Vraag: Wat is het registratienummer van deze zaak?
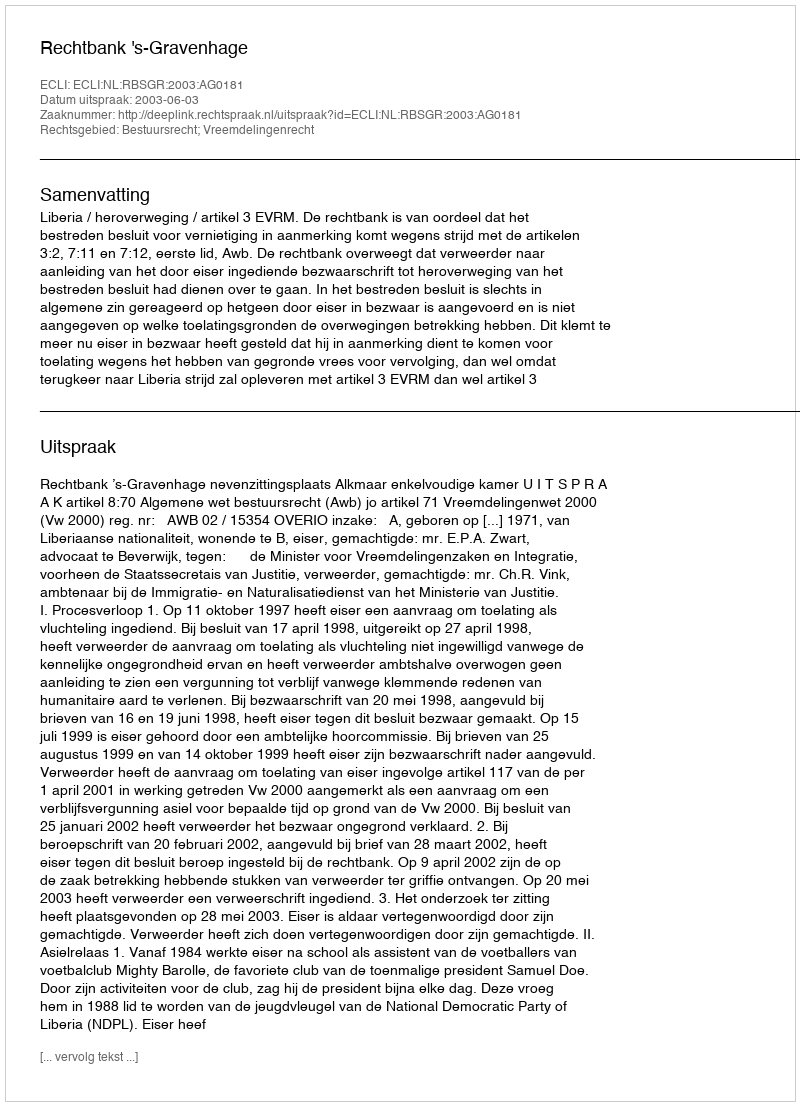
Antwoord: http://deeplink.rechtspraak.nl/uitspraak?id=ECLI:NL:RBSGR:2003:AG0181